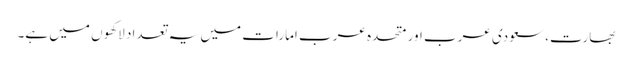
بھارت، سعودی عرب اور متحدہ عرب امارات میں یہ تعداد لاکھوں میں ہے۔